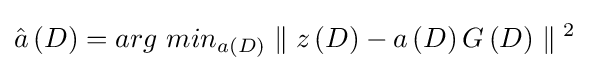
{\hat {a}}\left(D\right)=arg\ min_{a\left(D\right)}\parallel z\left(D\right)-a\left(D\right)G\left(D\right)\parallel {^{2}}